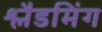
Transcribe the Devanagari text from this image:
श्लैडमिंग